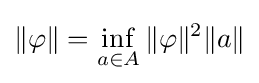
\|\varphi \|=\inf _{a\in A}\|\varphi \|^{2}\|a\|